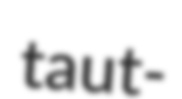
taut-